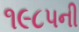
૧૯૮૫ની